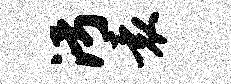
污袁